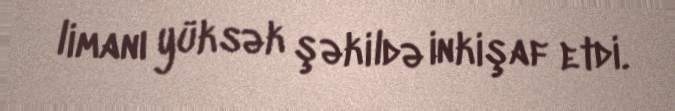
limanı yüksək şəkildə inkişaf etdi.